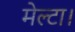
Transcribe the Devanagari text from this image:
मेल्टा।